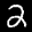
Label: 2